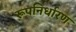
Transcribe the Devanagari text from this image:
रूपनिर्धारण